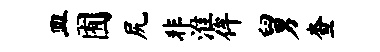
皿囿尻非淮侔舅查